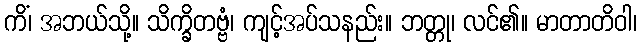
ကိံ၊ အဘယ်သို့။ သိက္ခိတဗ္ဗံ၊ ကျင့်အပ်သနည်း။ ဘတ္တု၊ လင်၏။ မာတာတိဝါ၊